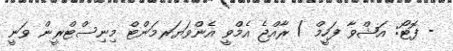
- ފޮޓޯ: އަޝްވާ ފަހީމް / ރާއްޖެ އެމްވީ އެންވަޔަރމަންޓް މިނިސްޓްރީން ވަނީ